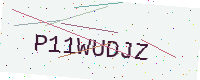
Text: P11WUDJZ